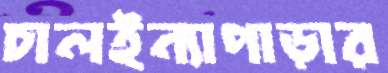
চালইন্যাপাড়ার